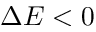
\Delta E < 0